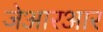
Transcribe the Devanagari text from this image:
जेआरआर